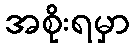
အစိုးရမှာ